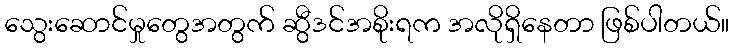
သွေးဆောင်မှုတွေအတွက် ဆွီဒင်အစိုးရက အလိုရှိနေတာ ဖြစ်ပါတယ်။